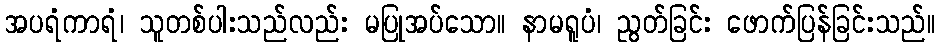
အပရံကာရံ၊ သူတစ်ပါးသည်လည်း မပြုအပ်သော။ နာမရူပံ၊ ညွတ်ခြင်း ဖောက်ပြန်ခြင်းသည်။